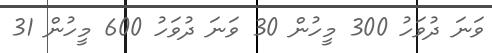
ވަނަ ދުވަހު 300 މީހުން 30 ވަނަ ދުވަހު 600 މީހުން 31